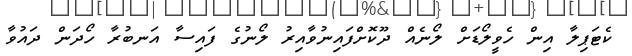
ކެޓަޕިލާ އިން ހެވީލޯޑަށް ލޯނެއް ދޫކޮށްފައިނުވާއިރު ލޯނުގެ ފައިސާ އަނބުރާ ހޯދަން ދައުވާ